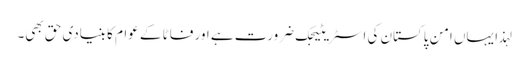
لہذا یہاں امن پاکستان کی اسٹریٹیجک ضرورت ہے اور فاٹا کے عوام کا بنیادی حق بھی۔